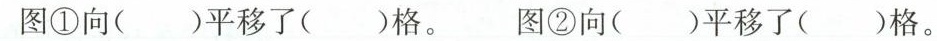
图①向()平移了()格。图②向()平移了()格。